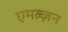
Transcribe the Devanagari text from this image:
एमल्ज़न